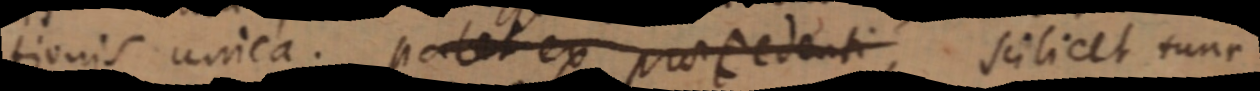
tionis unica. patet ex praecedenti, scilicet tunc